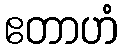
ဧတာဟံ